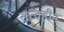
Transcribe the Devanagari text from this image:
सत्वहीन